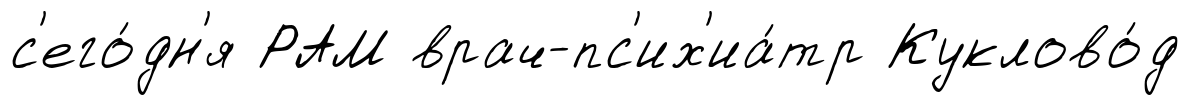
с'его́дн'я РАМ врач-пс'их'иа́тр Куклово́д